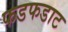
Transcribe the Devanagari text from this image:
फडफडाट